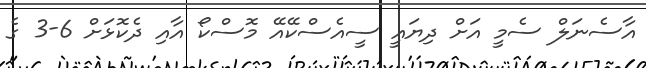
އާސެނަލް ސެމީ އަށް ދިޔައީ ސީއެސްކޭއޭ މޮސްކޯ އާއި ދެކޮޅަށް 6-3 ގެ